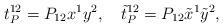
LaTeX: \begin{align*}t_P^{12} = P_{12} x^1 y^2, \quad \tilde{t}_P^{12} = P_{12} \tilde{x}^1 \tilde{y}^2,\end{align*}